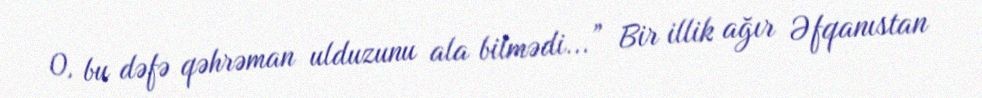
O, bu dəfə qəhrəman ulduzunu ala bilmədi...” Bir illik ağır Əfqanıstan